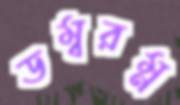
ডম্বরম্ন